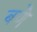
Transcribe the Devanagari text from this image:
बणै